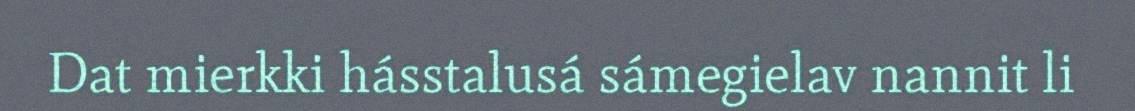
Dat mierkki hásstalusá sámegielav nannit li